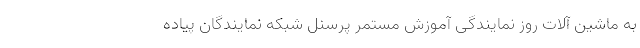
به ماشین آلات روز نمایندگی آموزش مستمر پرسنل شبکه نمایندگان پیاده